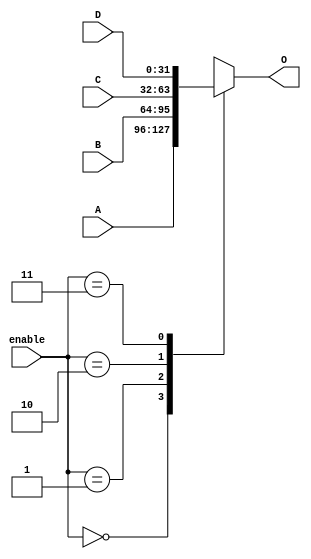
module mux_4_to_1_32(
    input [31:0] A,B,C,D,
    input [1:0] enable,
    output reg[31:0] O
);
    always @* begin
        case (enable) 
            2'b00 : begin
                O <= A;
            end
            2'b01 : begin
                O <= B;
            end
            2'b10 : begin
                O <= C;
            end
            2'b11 : begin
                O <= D;
            end
        endcase
    end
endmodule